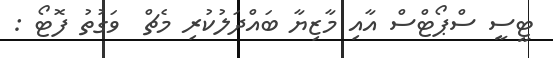
ޓީސީ ސްޕޯޓްސް އާއި މާޒިޔާ ބައްދަލުކުރި މެޗް  ވަގުތު ފޮޓޯ :